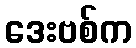
ဒေးဗစ်က